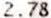
2.78